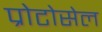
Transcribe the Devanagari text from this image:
प्रोटोसेल